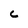
Character: c